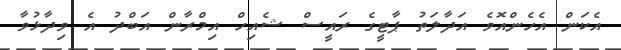
އެކަން އެހެންއޮވެ އަދާލަތު ޕާޓީގެ ރައީސް ޝެއިހް އިމްރާން އަބްދު އެ ވިދާޅުވާ